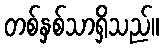
တစ်နှစ်သာရှိသည်။